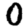
Digit: 0